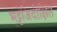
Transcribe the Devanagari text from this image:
भट्टेजिदीक्षित